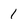
Character: 1